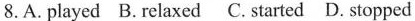
8. A. Played B. Relaxed C. Started D. Stopped